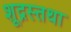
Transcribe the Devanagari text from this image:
शूद्रस्तथा